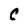
Character: C